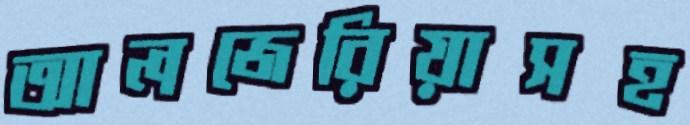
আলজেরিয়াসহ